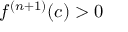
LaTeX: f ^ { ( n + 1 ) } ( c ) > 0